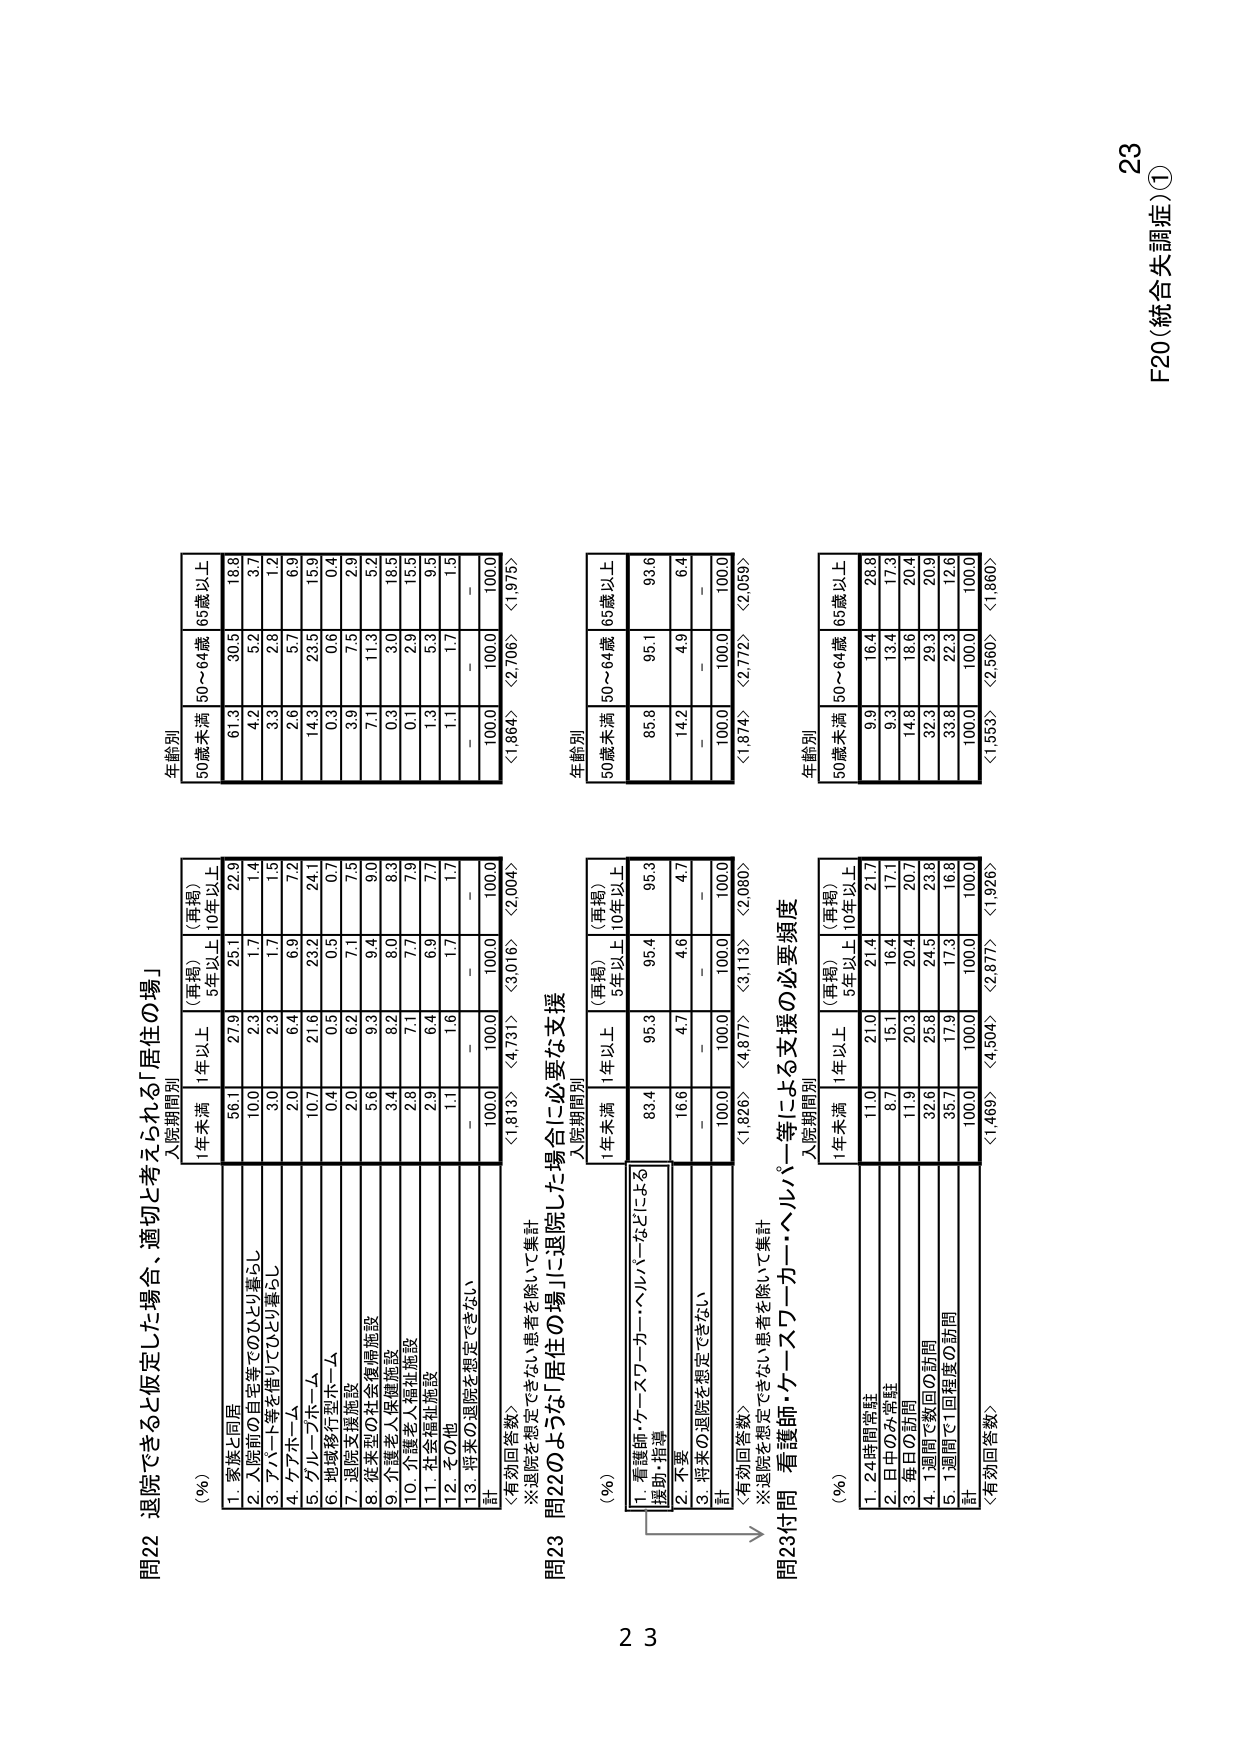
F20（統合失調症）①
23

問22 退院できると仮定した場合、適切と考えられる「居住の場」
（％）
入院期間別
1年未満
1年以上
（再掲）
5年以上
（再掲）
10年以上
年齢別
50歳未満
50～64歳
65歳以上
1. 家族と同居
56.1
27.9
25.1
22.9
61.3
30.5
18.8
2. 入院前の自宅等でのひとり暮らし
10.0
2.3
1.7
1.4
4.2
5.2
3.7
3. アパート等を借りてひとり暮らし
3.0
2.3
1.7
1.5
3.3
2.8
1.2
4. ケアホーム
2.0
6.4
6.9
7.2
2.6
5.7
6.9
5. グループホーム
10.7
21.6
23.2
24.1
14.3
23.5
15.9
6. 地域移行型ホーム
0.4
0.5
0.5
0.7
0.3
0.6
0.4
7. 退院支援施設
2.0
6.2
7.1
7.5
3.9
7.3
2.9
8. 従来型の社会復帰施設
5.6
9.3
9.4
9.0
7.1
11.3
5.2
9. 介護老人保健施設
3.4
8.2
8.0
8.3
0.3
3.0
18.5
10. 介護老人福祉施設
2.8
7.1
7.7
7.9
0.1
2.9
15.5
11. 社会福祉施設
2.9
6.4
6.9
7.7
1.3
5.3
9.5
12. その他
1.1
1.6
1.7
1.7
1.1
1.7
1.5
13. 将来の退院を想定できない
－
－
－
－
－
－
－
計
100.0
100.0
100.0
100.0
100.0
100.0
100.0
〈有効回答数〉
〈1,813〉
〈4,731〉
〈3,016〉
〈2,004〉
〈1,884〉
〈2,706〉
〈1,975〉
※退院を想定できない患者を除いて集計

問23 退院した場合に必要な支援
（％）
入院期間別
1年未満
1年以上
（再掲）
5年以上
（再掲）
10年以上
年齢別
50歳未満
50～64歳
65歳以上
1. 看護師・ケースワーカー・ヘルパーなどによる援助・指導
83.4
95.3
95.4
95.3
85.8
95.1
93.6
2. 不要
16.6
4.7
4.6
4.7
14.2
4.9
6.4
3. 将来の退院を想定できない
－
－
－
－
－
－
－
計
100.0
100.0
100.0
100.0
100.0
100.0
100.0
〈有効回答数〉
〈1,826〉
〈4,877〉
〈3,113〉
〈2,080〉
〈1,874〉
〈2,772〉
〈2,059〉
※退院を想定できない患者を除いて集計

問23付問 看護師・ケースワーカー・ヘルパー等による支援の必要頻度
（％）
入院期間別
1年未満
1年以上
（再掲）
5年以上
（再掲）
10年以上
年齢別
50歳未満
50～64歳
65歳以上
1. 24時間常駐
11.0
21.0
21.4
21.7
9.9
16.4
28.8
2. 日中のみ常駐
8.7
15.1
16.4
17.1
9.3
13.4
17.3
3. 毎日の訪問
11.9
20.3
20.4
20.7
14.8
18.6
20.4
4. 1週間で数回の訪問
32.6
25.8
24.5
23.8
32.3
29.3
20.9
5. 1週間で1回程度の訪問
35.7
17.9
17.3
16.8
33.8
22.3
12.6
計
100.0
100.0
100.0
100.0
100.0
100.0
100.0
〈有効回答数〉
〈1,469〉
〈4,504〉
〈2,877〉
〈1,926〉
〈1,553〉
〈2,560〉
〈1,960〉